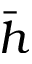
\bar { h }